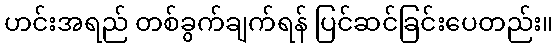
ဟင်းအရည် တစ်ခွက်ချက်ရန် ပြင်ဆင်ခြင်းပေတည်း။